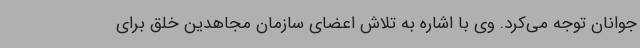
جوانان توجه می‌کرد. وی با اشاره به تلاش اعضای سازمان مجاهدین خلق برای